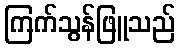
ကြက်သွန်ဖြူသည်